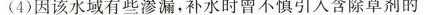
(4)因该水域有些渗漏，补水时曾不慎引人含除草剂的